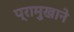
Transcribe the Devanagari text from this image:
प्रामुखाने